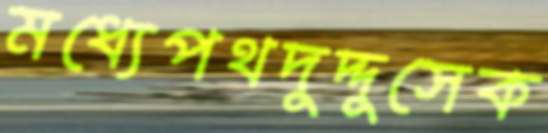
মধ্যেপথদুদ্দুসেক